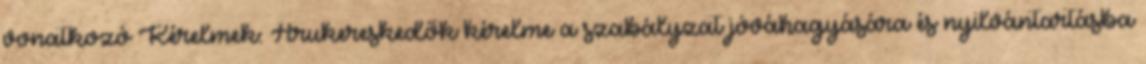
vonatkozó Kérelmek: Árukereskedők kérelme a szabályzat jóváhagyására és nyilvántartásba